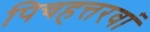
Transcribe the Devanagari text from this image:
पिचहत्तरवां